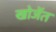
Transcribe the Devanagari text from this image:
खोजेंत